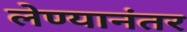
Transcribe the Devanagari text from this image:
लेण्यानंतर